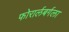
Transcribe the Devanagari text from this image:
फोरार्लबर्गला